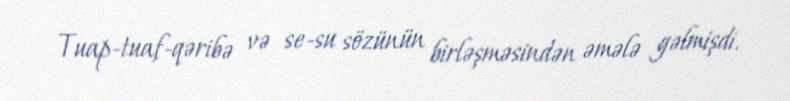
Tuap-tuaf-qəribə və se-su sözünün birləşməsindən əmələ gəlmişdi.